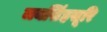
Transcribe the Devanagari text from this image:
जयसिंहसूरि